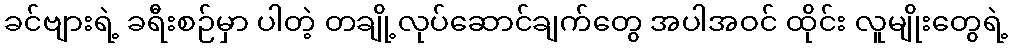
ခင်ဗျားရဲ့ ခရီးစဉ်မှာ ပါတဲ့ တချို့လုပ်ဆောင်ချက်တွေ အပါအဝင် ထိုင်း လူမျိုးတွေရဲ့